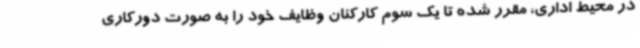
در محیط اداری، مقرر شده تا یک سوم کارکنان وظایف خود را به صورت دورکاری